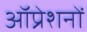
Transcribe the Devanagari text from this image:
ऑप्रेशनों